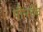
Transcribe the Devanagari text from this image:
मौमदेव